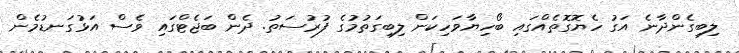
ލިބިގެންދާނެ އަގު ހެޔޮގޮތެއްގައި ބޯހިޔާވަހިކަން ލިބިގަތުމުގެ ފުރުސަތު. ދެން ބަޖެޓްގައި ވެސް އަޅުގަނޑުމެން